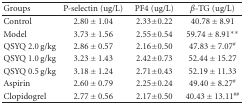
| Groups | P-selectin (ug/L) | PF4 (ug/L) | β-TG (ug/L) |
 | --- | --- | --- | --- |
 | Control | 2.80 ± 1.04 | 2.33±0.22 | 40.78 ± 8.91 |
 | Model | 3.73 ± 1.56 | 2.55±0.54 | 59.74 ± 8.91** |
 | QSYQ 2.0 g/kg | 2.86 ± 0.57 | 2.16±0.50 | 47.83 ± 7.07# |
 | QSYQ 1.0 g/kg | 3.23 ± 1.43 | 2.42±0.73 | 52.44 ± 15.27 |
 | QSYQ 0.5 g/kg | 3.18 ± 1.24 | 2.71±0.43 | 52.19 ± 11.33 |
 | Aspirin | 2.60 ± 0.79 | 2.25±0.24 | 49.40 ± 8.27# |
 | Clopidogrel | 2.77 ± 0.56 | 2.17±0.50 | 40.43 ± 13.11## |